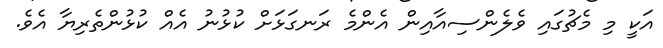
އަކީ މި މެޗުގައި ވެލެންސިއާއިން އެންމެ ރަނގަޅަށް ކުޅުނު އެއް ކުޅުންތެރިޔާ އެވެ.